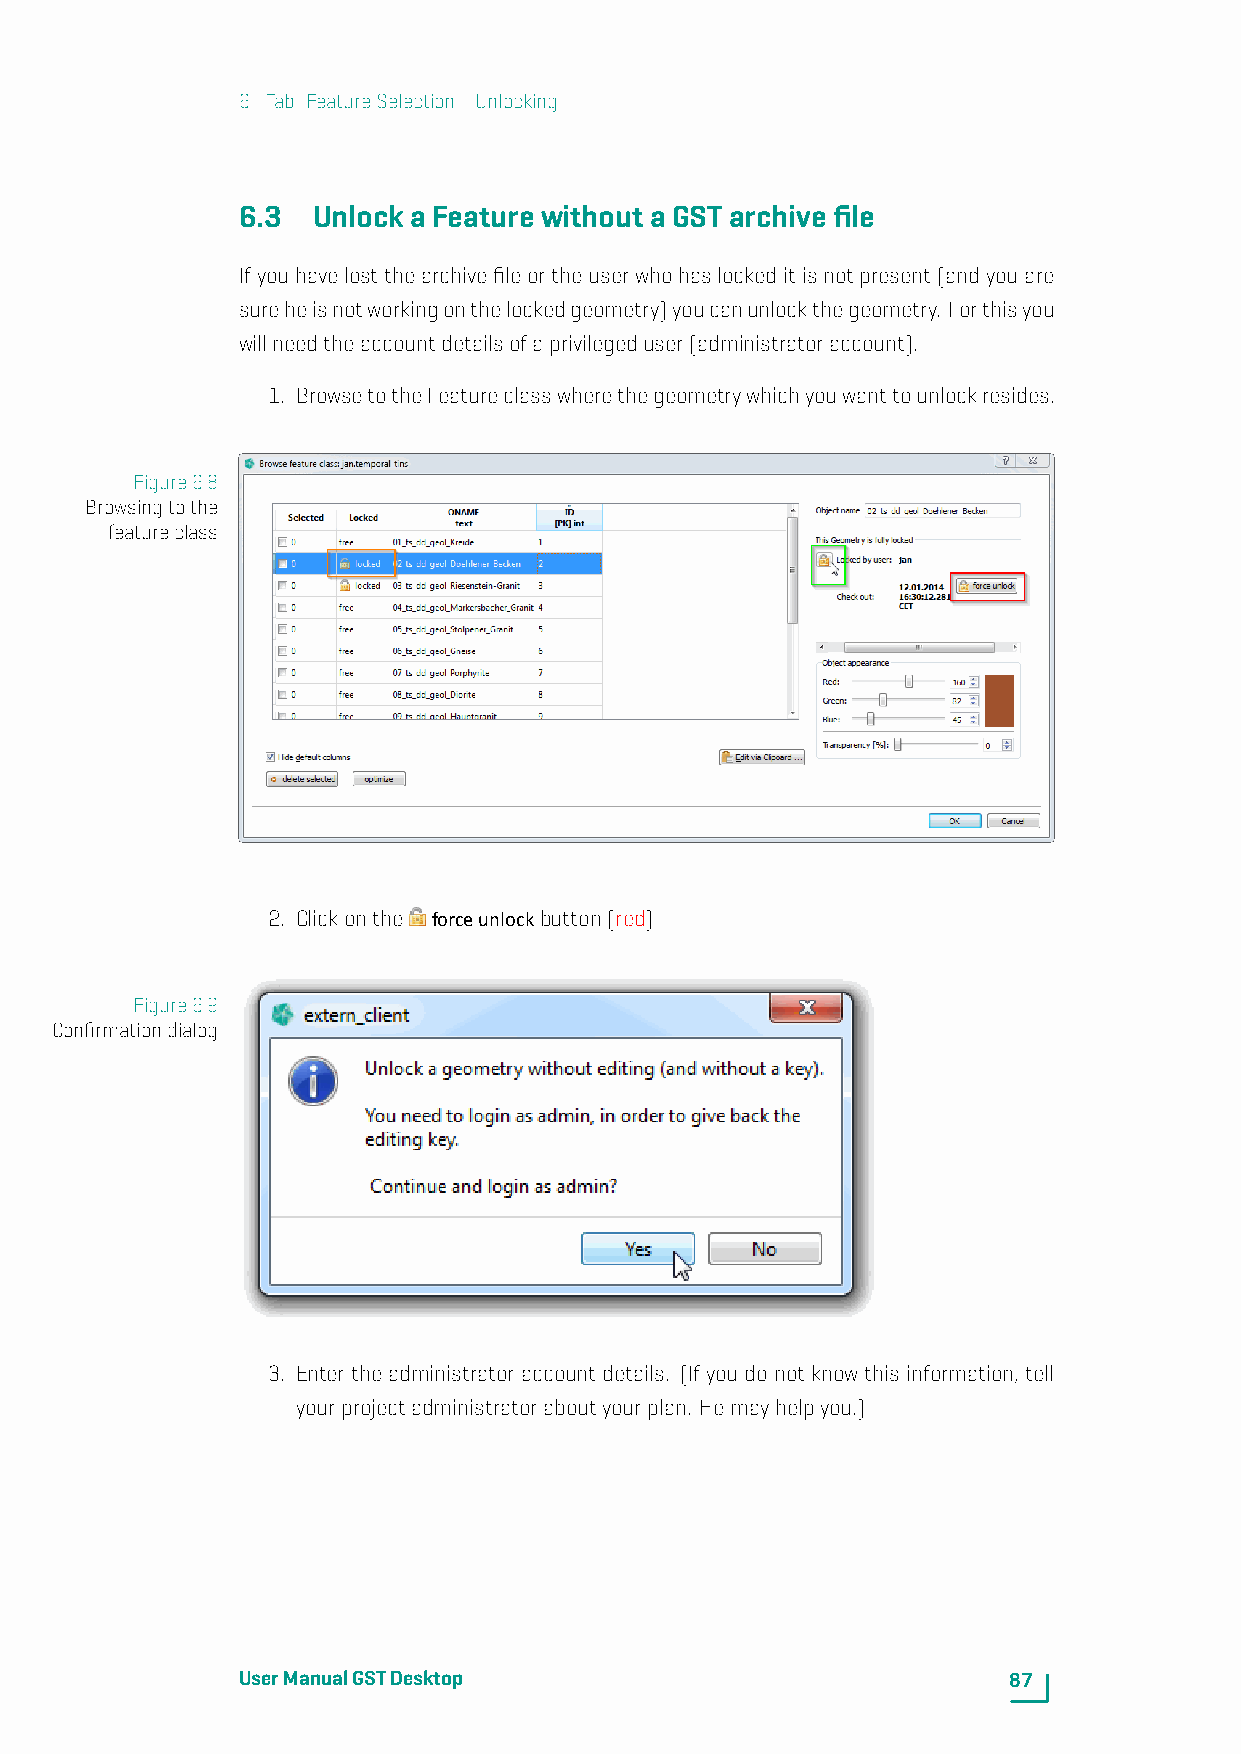
6. Tab: FeatureSelection-Unlocking
 6.3  UnlockaFeaturewithoutaGSTarchivefile
 Ifyouhavelostthearchivefileortheuserwhohaslockeditisnotpresent(andyouare
 sureheisnotworkingonthelockedgeometry)youcanunlockthegeometry. Forthisyou
 willneedtheaccountdetailsofaprivilegeduser(administratoraccount).
 1. BrowsetotheFeatureclasswherethegeometrywhichyouwanttounlockresides.
 Figure6.8
 Browsingtothe
 featureclass
 2. Clickonthe forceunlockbutton(red)
 Figure6.9
 Confirmationdialog
 3. Enter the administrator account details. (If you do not know this information, tell
 yourprojectadministratoraboutyourplan. Hemayhelpyou.)
 UserManualGSTDesktop                               87